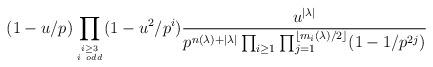
LaTeX: \begin{align*} (1-u/p) \prod_{i \geq 3 \atop i \ odd} (1-u^2/p^i) \frac{u^{|\lambda|}} {p^{n(\lambda)+|\lambda|} \prod_{i \geq 1} \prod_{j=1}^{\lfloor m_i(\lambda)/2 \rfloor}(1-1/p^{2j})} \end{align*}